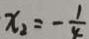
x _ { 2 } = - \frac { 1 } { 4 }